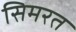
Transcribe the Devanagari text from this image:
सिमरत